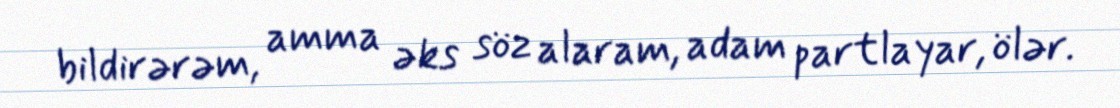
bildirərəm, amma əks söz alaram, adam partlayar, ölər.